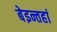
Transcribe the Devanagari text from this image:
बेइन्तहां